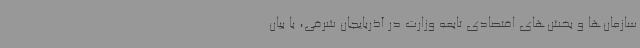
سازمان‌ها و بخش‌های اقتصادی تابعه وزارت در آذربایجان شرقی، با بیان